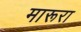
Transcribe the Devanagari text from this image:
मारूरा